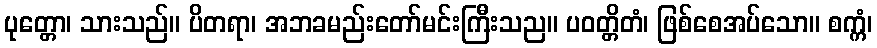
ပုတ္တော၊ သားသည်။ ပိတရာ၊ အဘခမည်းတော်မင်းကြီးသည။ ပဝတ္တိတံ၊ ဖြစ်စေအပ်သော။ စက္ကံ၊